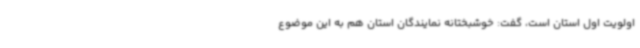
اولویت اول استان است، گفت: خوشبختانه نمایندگان استان هم به این موضوع